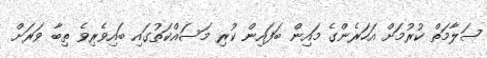
ސަލާމަތް ކުރުމަށް އަހަރެންގެ މައިން ބަފައިން ކުރި މަސައްކަތުގައި ބައިވެރިވެ ތިބާ ވަރަށް